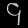
Digit: ၄